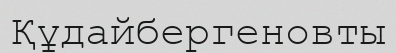
Құдайбергеновты